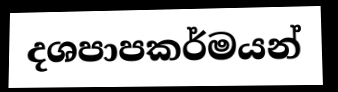
දශපාපකර්මයන්